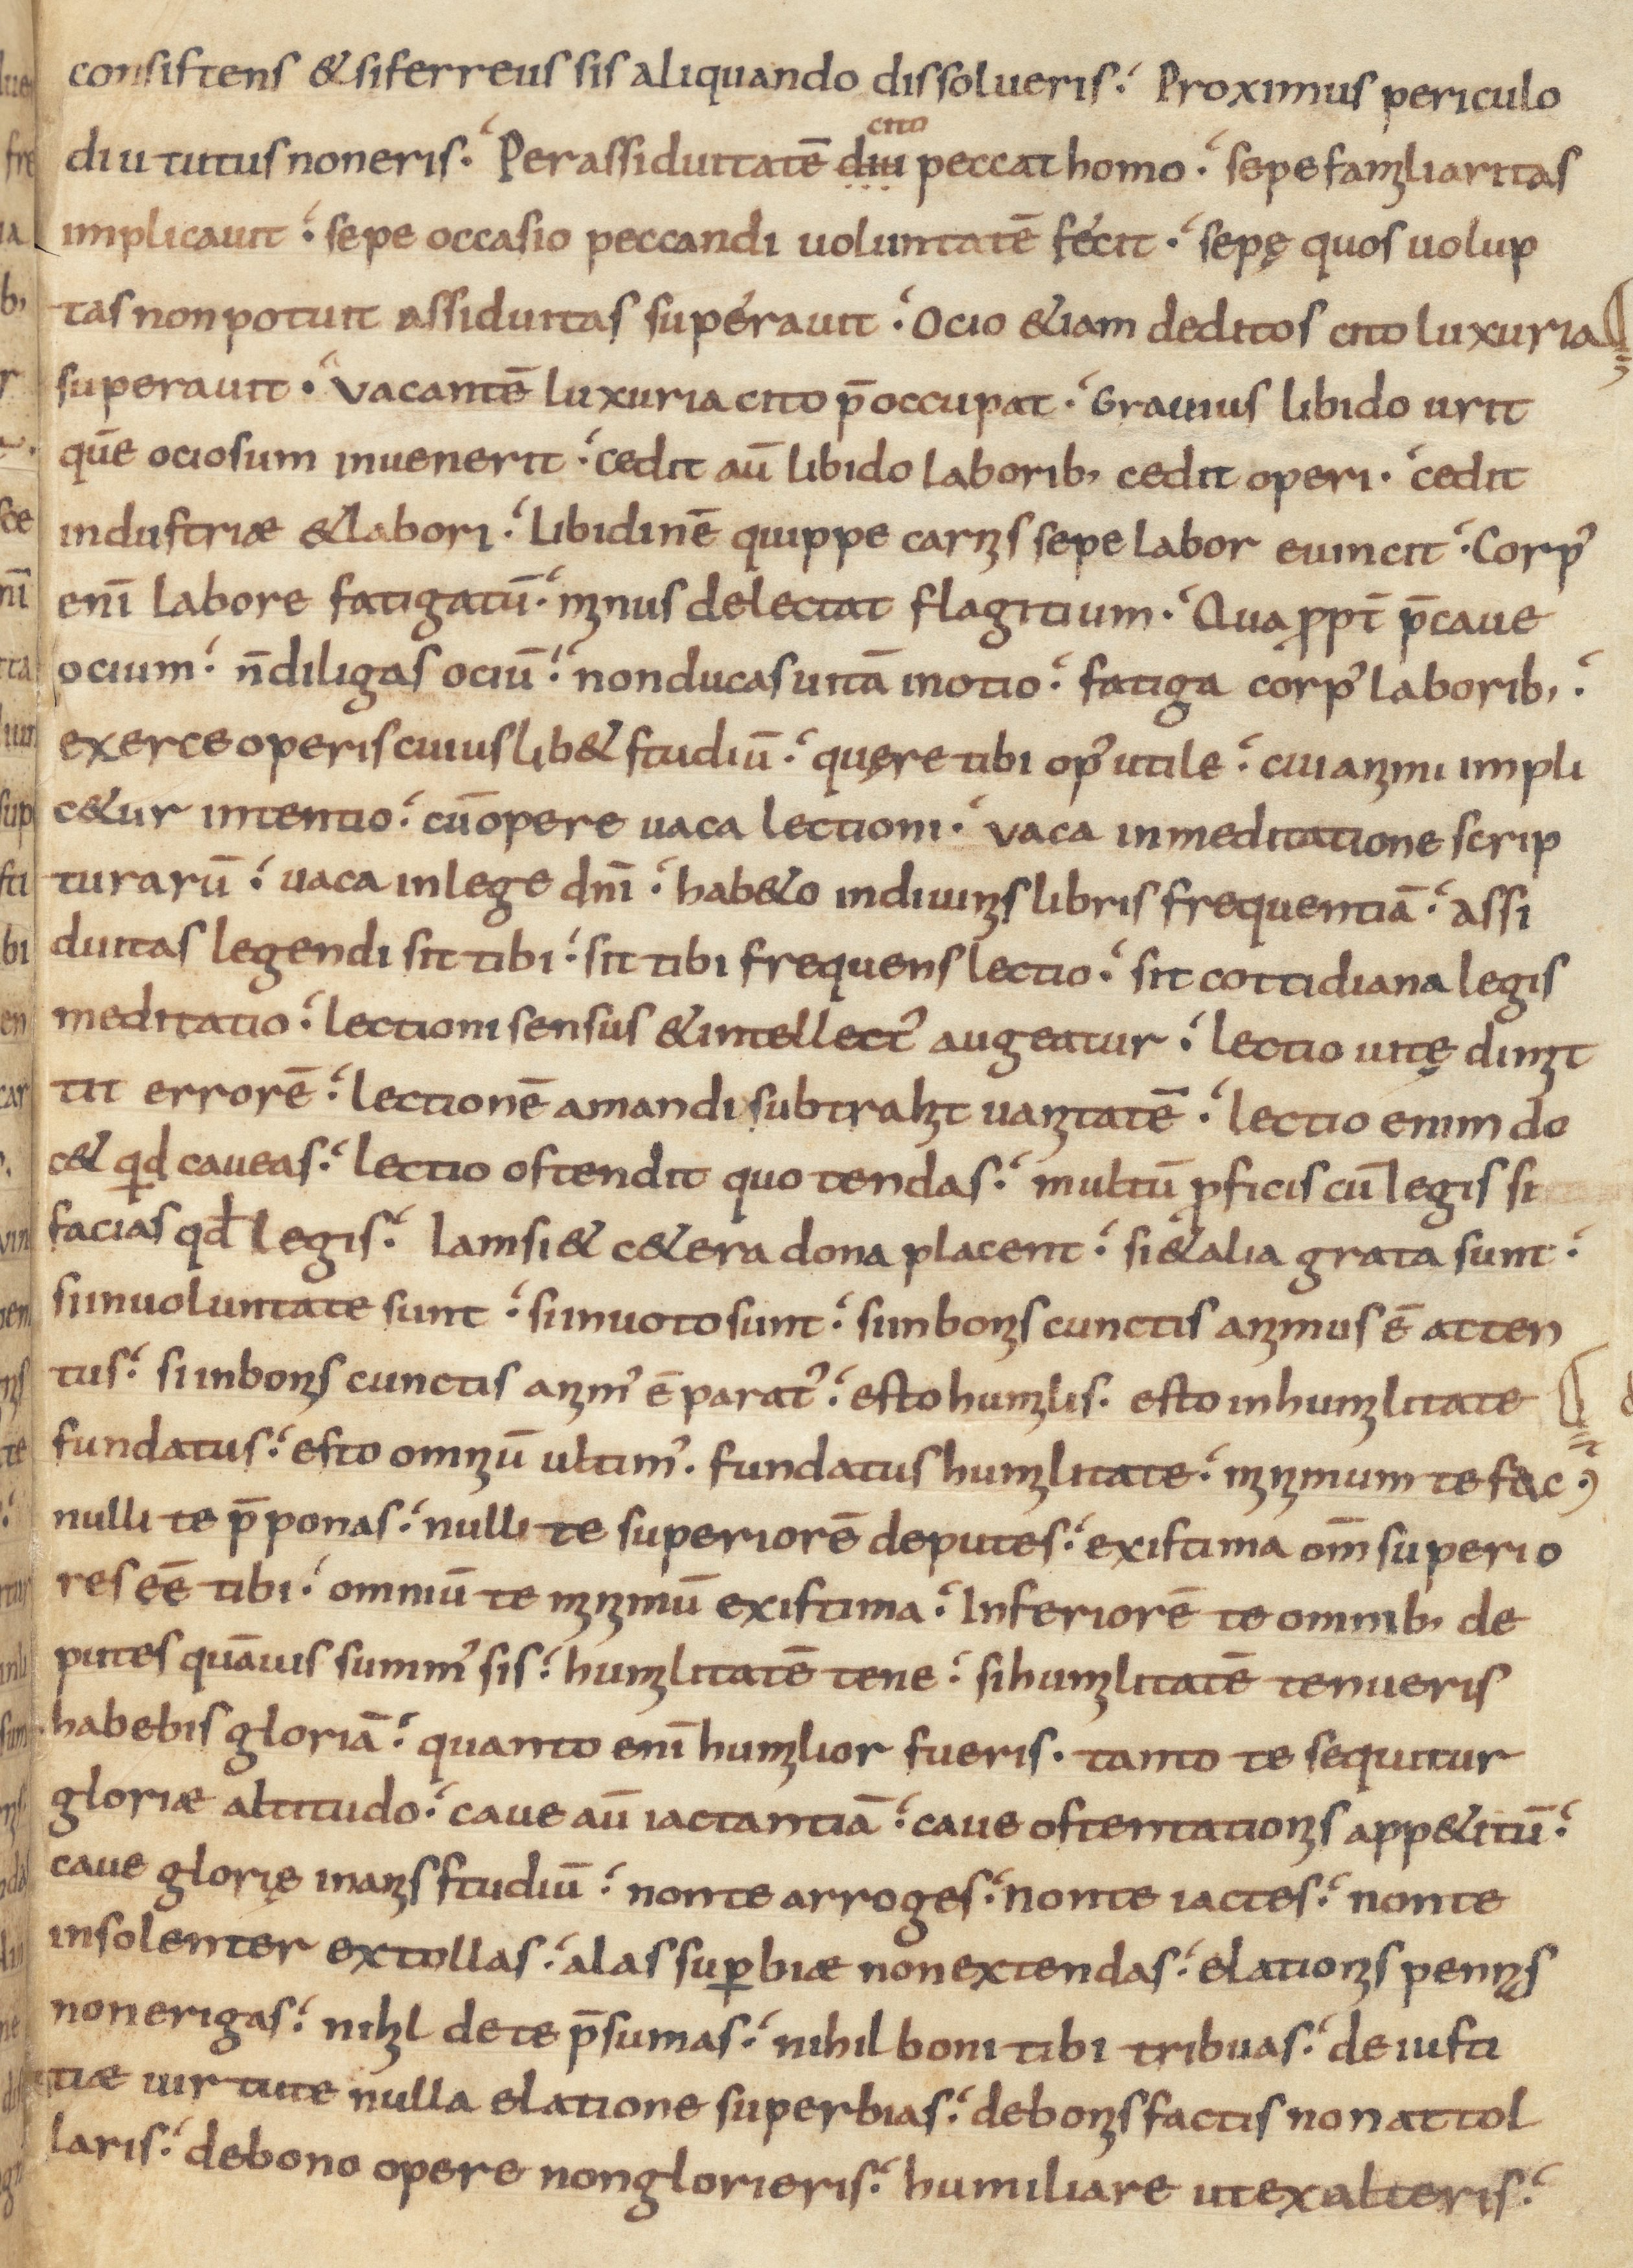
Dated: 800–899